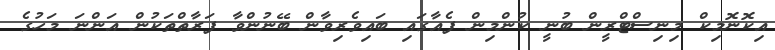
އިކޮނޮމިކް މިނިސްޓްރީން ބުނީ ކުންމިން ފެއާގައި ބައިވެރިވާން ބޭނުންވާ ފަރާތްތަކުން އަންނަ މަހުގެ